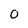
Character: O